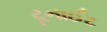
ટૂનાઈટ